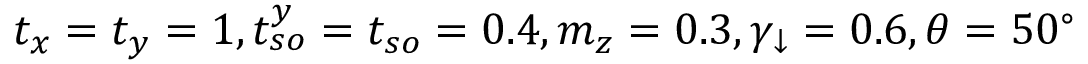
t _ { x } = t _ { y } = 1 , t _ { s o } ^ { y } = t _ { s o } = 0 . 4 , m _ { z } = 0 . 3 , \gamma _ { \downarrow } = 0 . 6 , \theta = 5 0 ^ { \circ }